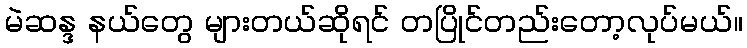
မဲဆန္ဒ နယ်တွေ များတယ်ဆိုရင် တပြိုင်တည်းတော့လုပ်မယ်။